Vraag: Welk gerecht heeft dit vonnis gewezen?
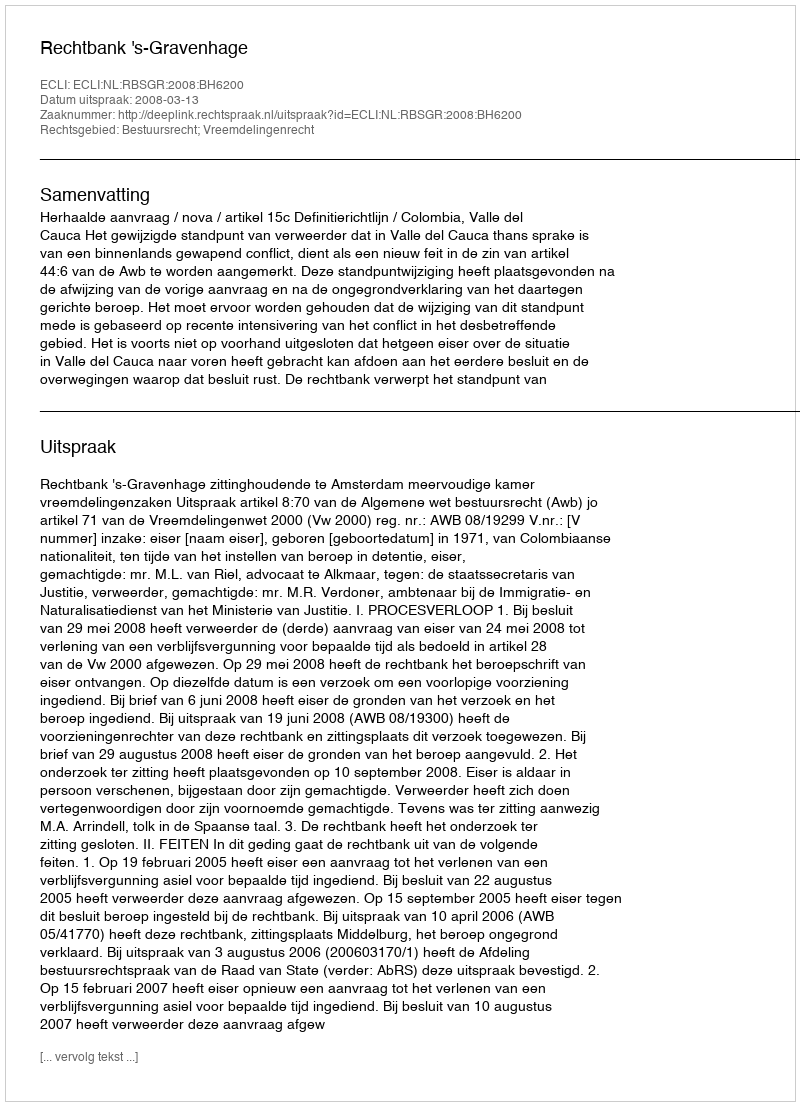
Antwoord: Rechtbank 's-Gravenhage